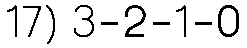
17) 3-2-1-0